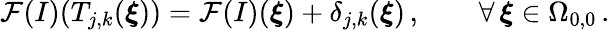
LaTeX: \mathcal{F}(I)(T_{j,k}(\boldsymbol{\xi}))=\mathcal{F}(I)(\boldsymbol{\xi})+\delta_{j,k}(\boldsymbol{\xi})\, ,\qquad\forall\, \boldsymbol{\xi}\in\Omega_{0,0}\, .